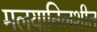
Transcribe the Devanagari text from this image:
मलयानिलशीत